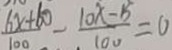
\frac { 6 x + 6 0 } { 1 0 0 } - \frac { 1 0 x - 8 } { 1 0 0 } = 0